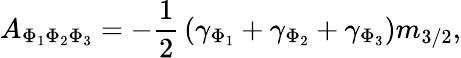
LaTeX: A_{\Phi_{1}\Phi_{2}\Phi_{3}}=-{\frac{1}{2}}\left(\gamma_{\Phi_{1}}+\gamma_{\Phi_{2}}+\gamma_{\Phi_{3}}\right)m_{3/2},